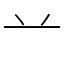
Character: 䒑